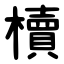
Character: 櫝